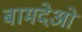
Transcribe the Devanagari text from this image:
बामदेओ